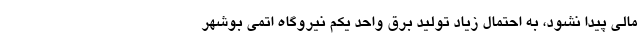
مالی پیدا نشود، به احتمال زیاد تولید برق واحد یکم نیروگاه اتمی بوشهر